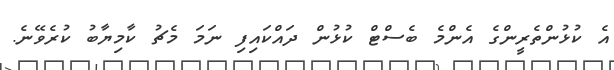
އެ ކުޅުންތެރީންގެ އެންމެ ބެސްޓް ކުޅުން ދައްކައިފި ނަމަ މެޗު ކާމިޔާބު ކުރެވޭނެ.